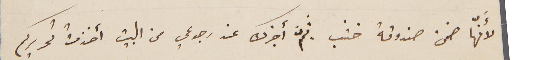
لأَنّها ضمن صندوقة خشب ثمَّ أخبرك عن رجوعي من البيت أخذتُ تحريركم